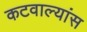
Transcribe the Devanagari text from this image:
कटवाल्यांस